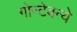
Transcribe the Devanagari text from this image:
गोन्टेबन्ये